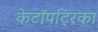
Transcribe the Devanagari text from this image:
केटॉपट्रिका